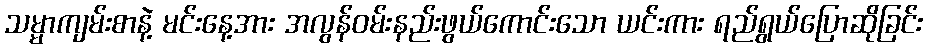
သမ္မာကျမ်းစာနဲ့ မင်းနေ့အား အလွန်ဝမ်းနည်းဖွယ်ကောင်းသော ယင်းကား ရည်ရွယ်ပြောဆိုခြင်း